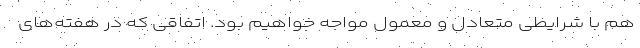
هم با شرایطی متعادل و معمول مواجه خواهیم بود. اتفاقی که در هفته‌های